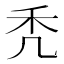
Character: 秃